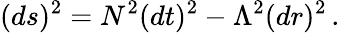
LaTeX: (ds)^{2}=N^{2}(dt)^{2}-\Lambda^{2}(dr)^{2}\, .